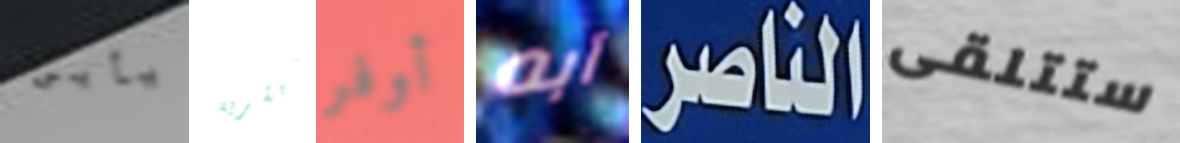
يأبى للبشرية أوفر آبه الناصر ستتلقى